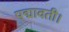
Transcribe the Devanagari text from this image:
पद्मावती।